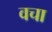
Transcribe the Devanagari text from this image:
वचा